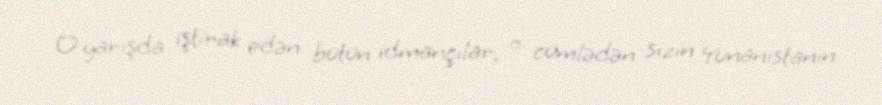
O yarışda iştirak edən bütün idmançılar, o cümlədən sizin Yunanıstanın